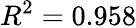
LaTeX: R^{2}=0.958